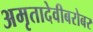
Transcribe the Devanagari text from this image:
अमृतादेवीबरोबर